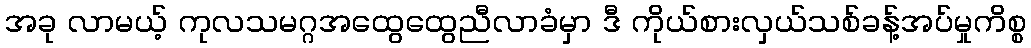
အခု လာမယ့် ကုလသမဂ္ဂအထွေထွေညီလာခံမှာ ဒီ ကိုယ်စားလှယ်သစ်ခန့်အပ်မှုကိစ္စ